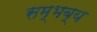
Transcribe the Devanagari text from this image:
सम्भब्य